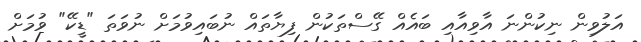
އަލުވިން ނިކުންނަ އާވިއާއި ބައެއް ގޭސްތަކުން ފިޔާތައް ނުބައިވުމަށް ނުވަތަ "ޑީކޭ" ވުމަށް